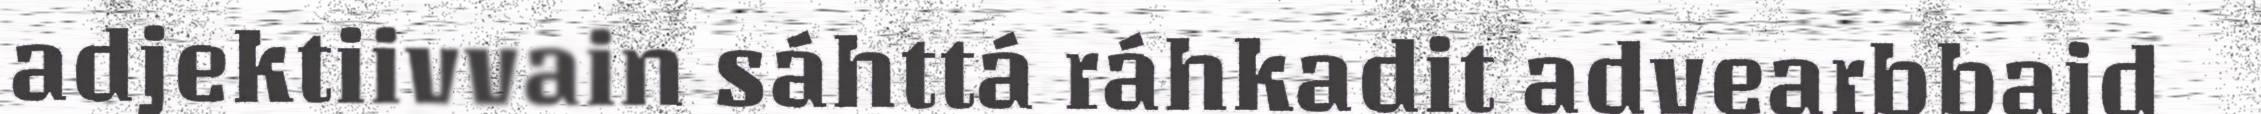
adjektiivvain sáhttá ráhkadit advearbbaid